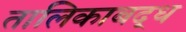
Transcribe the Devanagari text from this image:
तालिकाबद्ध